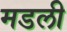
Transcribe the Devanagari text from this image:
मडली